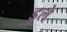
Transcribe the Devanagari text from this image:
डुले